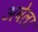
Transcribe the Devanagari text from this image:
अवेला